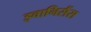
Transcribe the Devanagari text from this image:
इवानिसैंस